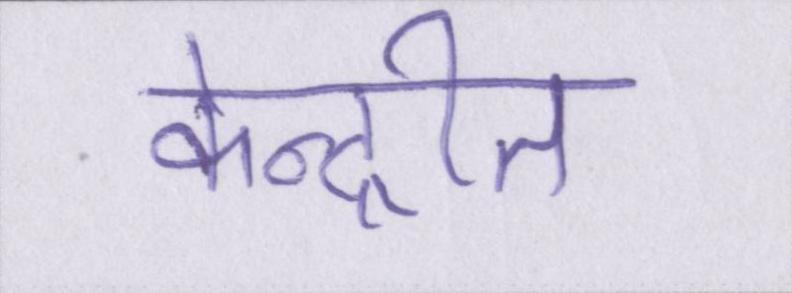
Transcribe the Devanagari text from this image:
केन्द्रीत